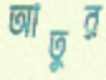
আতুর